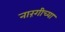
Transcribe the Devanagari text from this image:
नारंगीच्या